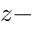
z -